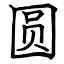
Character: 圆